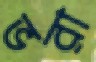
ভরা